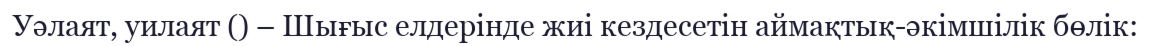
Уәлаят, уилаят () – Шығыс елдерінде жиі кездесетін аймақтық-әкімшілік бөлік: